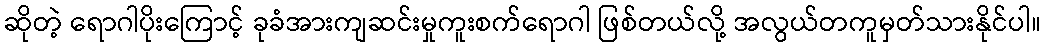
ဆိုတဲ့ ရောဂါပိုးကြောင့် ခုခံအားကျဆင်းမှုကူးစက်ရောဂါ ဖြစ်တယ်လို့ အလွယ်တကူမှတ်သားနိုင်ပါ။